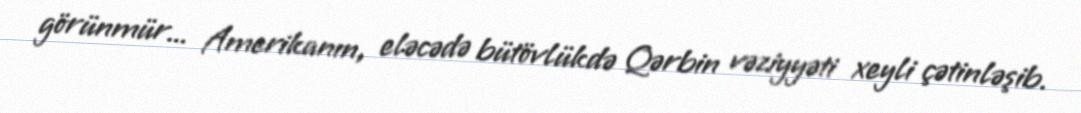
görünmür... Amerikanın, eləcədə bütövlükdə Qərbin vəziyyəti xeyli çətinləşib.